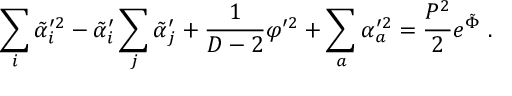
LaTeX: \sum _ { i } \tilde { \alpha } _ { i } ^ { \prime 2 } - \tilde { \alpha } _ { i } ^ { \prime } \sum _ { j } \tilde { \alpha } _ { j } ^ { \prime } + { \frac { 1 } { D - 2 } } \varphi ^ { \prime 2 } + \sum _ { a } \alpha _ { a } ^ { \prime 2 } = { \frac { P ^ { 2 } } { 2 } } e ^ { \tilde { \Phi } } \ .